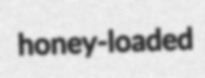
honey-loaded